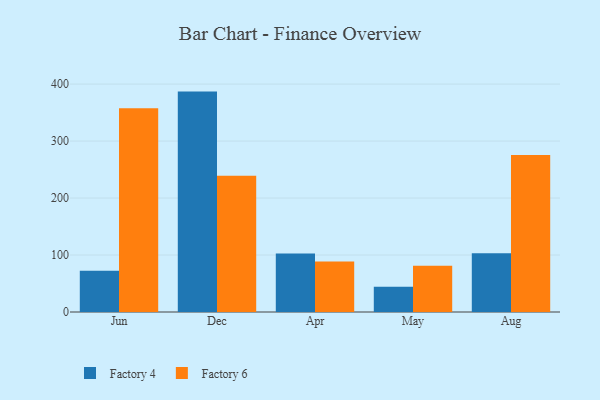
{"axis": {"x": "Month", "y": "Bounce Rate (%)"}, "legend": ["Factory 4", "Factory 6"], "data": [{"x": "Jun", "y": 72.5, "type": "Factory 4"}, {"x": "Jun", "y": 357.4, "type": "Factory 6"}, {"x": "Dec", "y": 386.8, "type": "Factory 4"}, {"x": "Dec", "y": 238.9, "type": "Factory 6"}, {"x": "Apr", "y": 102.5, "type": "Factory 4"}, {"x": "Apr", "y": 88.5, "type": "Factory 6"}, {"x": "May", "y": 44.3, "type": "Factory 4"}, {"x": "May", "y": 81.0, "type": "Factory 6"}, {"x": "Aug", "y": 102.9, "type": "Factory 4"}, {"x": "Aug", "y": 275.5, "type": "Factory 6"}]}